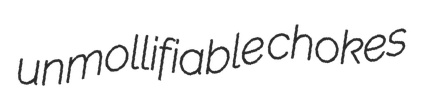
unmollifiable chokes